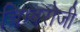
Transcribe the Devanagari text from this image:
चिम्बरोजी